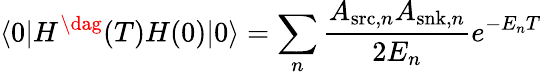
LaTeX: \langle 0|H^{\dag}(T)H(0)|0\rangle=\sum_{n}\frac{A_{\mathrm{src},n}A_{\mathrm{snk},n}}{2E_{n}}e^{-E_{n}T}